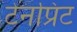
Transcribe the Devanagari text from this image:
टेनप्रिंट